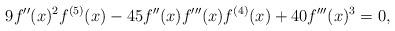
LaTeX: \begin{align*} 9f^{\prime\prime}(x)^2f^{(5)}(x)-45f^{\prime\prime}(x)f^{\prime\prime\prime}(x)f^{(4)}(x)+40f^{\prime\prime\prime}(x)^3=0, \end{align*}